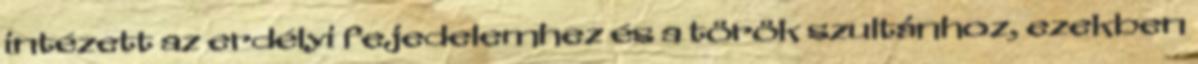
intézett az erdélyi fejedelemhez és a török szultánhoz, ezekben